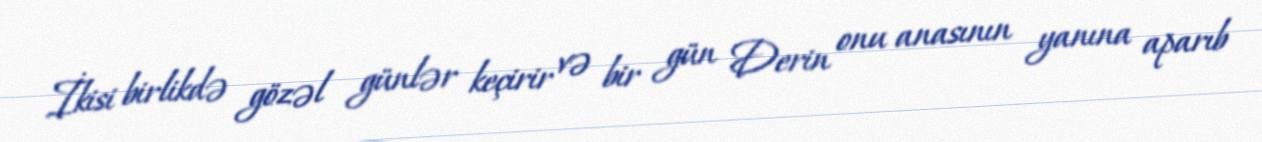
İkisi birlikdə gözəl günlər keçirir və bir gün Derin onu anasının yanına aparıb